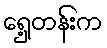
ရှေ့တန်းက